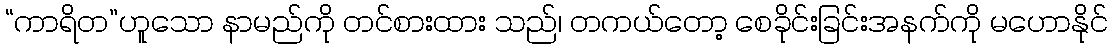
“ကာရိတ”ဟူသော နာမည်ကို တင်စားထား သည်၊ တကယ်တော့ စေခိုင်းခြင်းအနက်ကို မဟောနိုင်